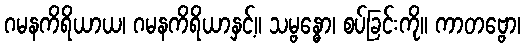
ဂမနကိရိယာယ၊ ဂမနကိရိယာနှင့်။ သမ္ဗန္ဓော၊ စပ်ခြင်းကို။ ကာတဗ္ဗော၊